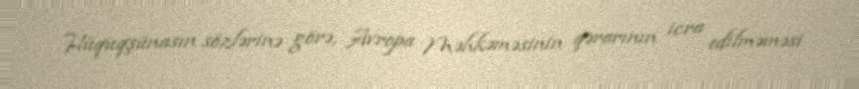
Hüquqşünasın sözlərinə görə, Avropa Məhkəməsinin qərarının icra edilməməsi